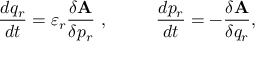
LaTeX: { \frac { d { q _ { r } } } { d t } } = \varepsilon _ { r } { \frac { \delta { \bf A } } { \delta p _ { r } } } ~ , ~ ~ ~ ~ ~ ~ ~ ~ { \frac { d { p _ { r } } } { d t } } = - { \frac { \delta { \bf A } } { \delta q _ { r } } } ,